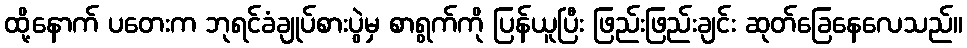
ထို့နောက် ပတေးက ဘုရင်ခံချုပ်စားပွဲမှ စာရွက်ကို ပြန်ယူပြီး ဖြည်းဖြည်းချင်း ဆုတ်ခြေနေလေသည်။